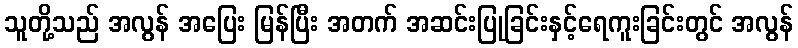
သူတို့သည် အလွန် အပြေး မြန်ပြီး အတက် အဆင်းပြုခြင်းနှင့်ရေကူးခြင်းတွင် အလွန်